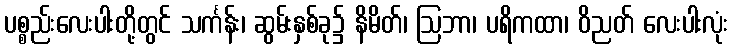
ပစ္စည်းလေးပါးတို့တွင် သင်္ကန်း၊ ဆွမ်းနှစ်ခု၌ နိမိတ်၊ ဩဘာ၊ ပရိကထာ၊ ဝိညတ် လေးပါးလုံး